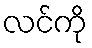
လင်ကို